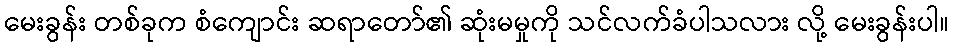
မေးခွန်း တစ်ခုက စံကျောင်း ဆရာတော်၏ ဆုံးမမှုကို သင်လက်ခံပါသလား လို့ မေးခွန်းပါ။